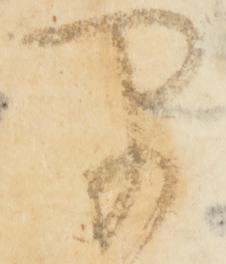
早